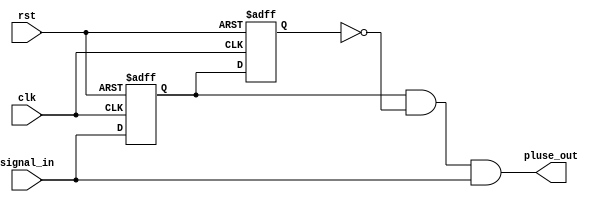
//??

module signle_pluse(
	input			clk,
	input			rst,
	input			signal_in,
	output			pluse_out
);
	reg 			delay_reg1;
	reg				delay_reg2;
	
always@(posedge clk or negedge rst)begin
	if(!rst)begin
		delay_reg1<=1'b0;
		delay_reg2<=1'b0;
	end else begin
		delay_reg1<=signal_in;
		delay_reg2<=delay_reg1;
	end
end

assign pluse_out = delay_reg1&(~delay_reg2)&signal_in;

endmodule